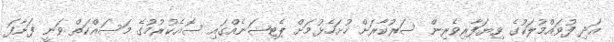
އަދި ފުވައްމުލަކުގެ ވިޔަފާރިވެރިން ސަރުކާރަށް ހުށަހެޅުމަށް ޕެޓިޝަނެއްގައި ސޮއެކުރުމުގެ މަސައްކަތް ވަނީ ފަށާފަ